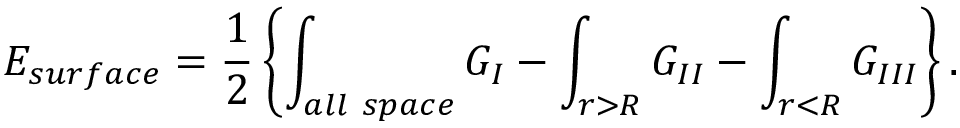
E _ { \small s u r f a c e } = { \frac { 1 } { 2 } } \left\{ \int _ { \small a l l ~ s p a c e } G _ { I } - \int _ { r > R } G _ { I I } - \int _ { r < R } G _ { I I I } \right\} .